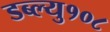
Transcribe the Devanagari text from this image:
डब्ल्यु१०८